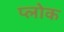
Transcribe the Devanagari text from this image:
प्लोक